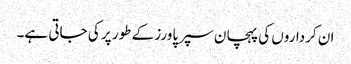
ان کرداروں کی پہچان سپر پاورز کے طور پر کی جاتی ہے۔